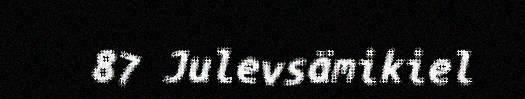
87 Julevsämikiel